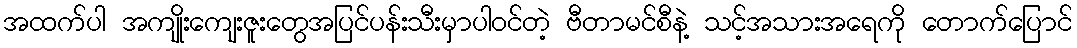
အထက်ပါ အကျိုးကျေးဇူးတွေအပြင်ပန်းသီးမှာပါဝင်တဲ့ ဗီတာမင်စီနဲ့ သင့်အသားအရေကို တောက်ပြောင်